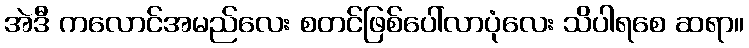
အဲဒီ ကလောင်အမည်လေး စတင်ဖြစ်ပေါ်လာပုံလေး သိပါရစေ ဆရာ။